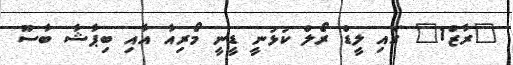
"ރާޒް1" ގައި ލީޑް ރޯލް ކުޅުނީ ޑީނީ މޯރިއާ އާއި ބިޕާޝާ ބާސޫ